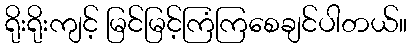
ရိုးရိုးကျင့် မြင်မြင့်ကြံကြစေချင်ပါတယ်။